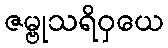
ဇမ္ဗုသရိဝှယေ